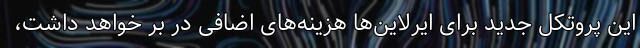
این پروتکل جدید برای ایرلاین‌ها هزینه‌های اضافی در بر خواهد داشت،